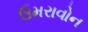
ઉમરાવોન